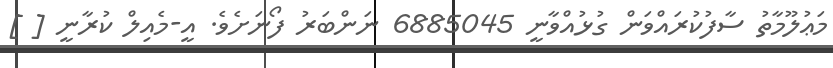
މަޢުލޫމާތު ސާފުކުރައްވަން ގުޅުއްވާނީ 6885045 ނަންބަރު ފޯނަށެވެ. އީ-މެއިލް ކުރާނީ [ ]